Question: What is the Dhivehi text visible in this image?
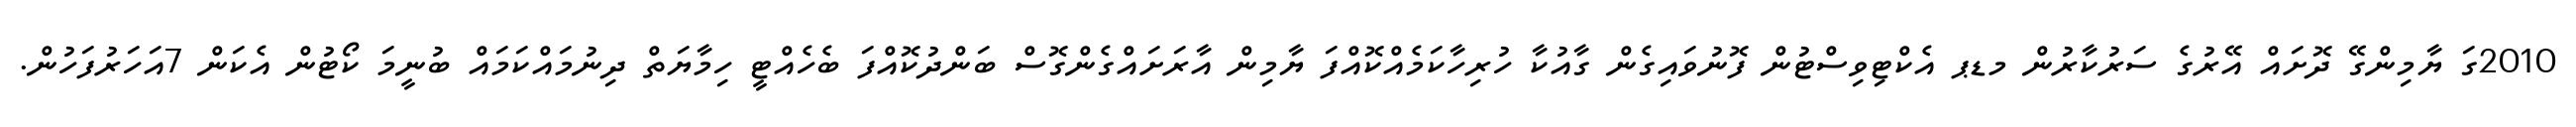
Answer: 2010ގަ ޔާމިންގޭ ދޮށައް އޭރުގެ ސަރުކާރުން މޑޕ އެކްޓިވިސްޓުން ފޮނުވައިގެން ގާއުކާ ހުރިހާކަމެއްކޮއްފަ ޔާމިން އާރަށައްގެންގޮސް ބަންދުކޮއްފަ ބެހެއްޓީ ހިމާޔަތް ދިނުމައްކަމައް ބުނީމަ ކޯޓުން އެކަން 7އަހަރުފަހުން.